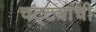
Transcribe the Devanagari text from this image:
चट्ट्यांची